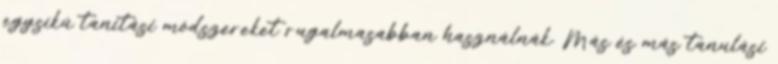
egysíkú tanítási módszereket rugalmasabban használnák. Más és más tanulási